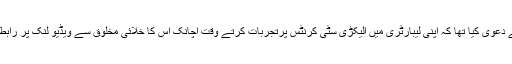
ٹیسلا نے دعویٰ کیا تھا کہ اپنی لیبارٹری میں الیکڑی سٹی کرنٹس پرتجربات کرتے وقت اچانک اس کا خلائی مخلوق سے ویڈیو لنک پر رابطہ ہو گیا۔